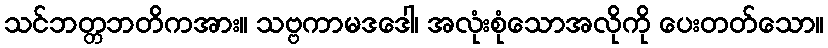
သင်ဘတ္တဘတိကအား။ သဗ္ဗကာမဒဒေါ၊ အလုံးစုံသောအလိုကို ပေးတတ်သော။